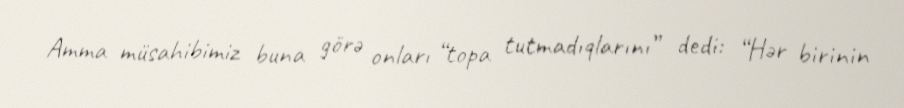
Amma müsahibimiz buna görə onları “topa tutmadıqlarını” dedi: “Hər birinin